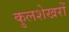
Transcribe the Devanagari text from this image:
कुलशेखरों